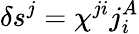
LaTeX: \delta s^{j}=\chi^{ji}j_{i}^{A}